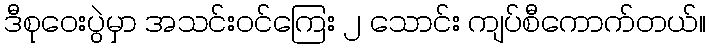
ဒီစုဝေးပွဲမှာ အသင်းဝင်ကြေး ၂ သောင်း ကျပ်စီကောက်တယ်။